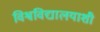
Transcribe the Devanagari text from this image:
विश्वविद्यालयाशी